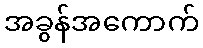
အခွန်အကောက်